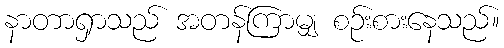
နာတာရှာသည် အတန်ကြာမျှ စဉ်းစားနေသည်။